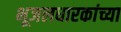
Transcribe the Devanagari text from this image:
भूजलधारकांच्या